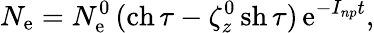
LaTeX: N_{\mathrm{e}}=N_{\mathrm{e}}^{0}\, (\mathrm{{ch}}\, \tau-\zeta_{z}^{0}\, \mathrm{{sh}}\, \tau)\, \mathrm{{\mathrm{e}}}^{-I_{np}t},